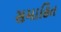
સમાહિત